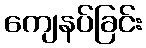
ကျေနပ်ခြင်း